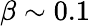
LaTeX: \beta\sim 0.1